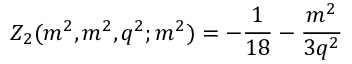
Z _ { 2 } ( m ^ { 2 } , m ^ { 2 } , q ^ { 2 } ; m ^ { 2 } ) = - \frac { 1 } { 1 8 } - \frac { m ^ { 2 } } { 3 q ^ { 2 } }